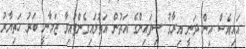
އައިއެސް އިން ދަނީ އިރާގު ސިފައިންގެ އަތުން އަތުލައިގެންފައިވާ ޒަމާނީ ބަރު ހަތިޔާރު